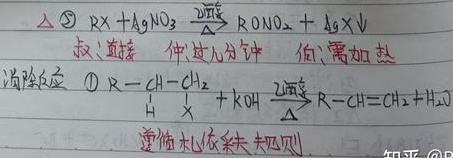
$\Delta$ \textcircled{5} \(RX + AgNO_{3}\xrightarrow[\Delta]{\text{醇溶液}}RONO_{2}+ AgX\downarrow\)
叔：直接 仲：过几分钟 伯：需加热
消除反应 \textcircled{1} \(\underset{\overset{\vert}{H}}{R - CH}-\underset{\overset{\vert}{X}}{CH_{2}}+ KOH\xrightarrow[\Delta]{\text{醇溶液}}R - CH = CH_{2}+H_{2}O\)
遵循札依采夫规则